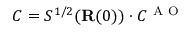
C = S ^ { 1 / 2 } ( { \mathbf { R } } ( 0 ) ) \cdot C ^ { \mathrm { ~ A ~ O ~ } }